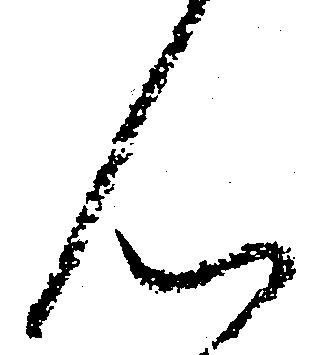
ん